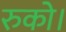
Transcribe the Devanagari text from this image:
रुको।